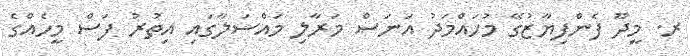
ރ. މީދޫ ފެންފިޔާޒުގޭ މުހައްމަދު އަނަސް މަރާލި މައްސަލާގައި އިތުރު ފަސް މީހެއްގެ